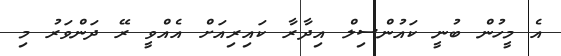
އެ މީހުން ބުނީ ކައުންސިލް އިދާރާ ކައިރިއަށް އެއްވީ ރޭ ދަންވަރު މި